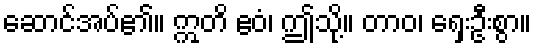
ဆောင်အပ်၏။ ဣတိ ဧဝံ၊ ဤသို့။ တာဝ၊ ရှေးဦးစွာ။